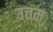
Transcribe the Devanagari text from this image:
उत्तम्